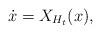
LaTeX: \begin{align*}\dot{x} = X_{H_t} (x),\end{align*}